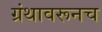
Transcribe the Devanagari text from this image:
ग्रंथावरूनच